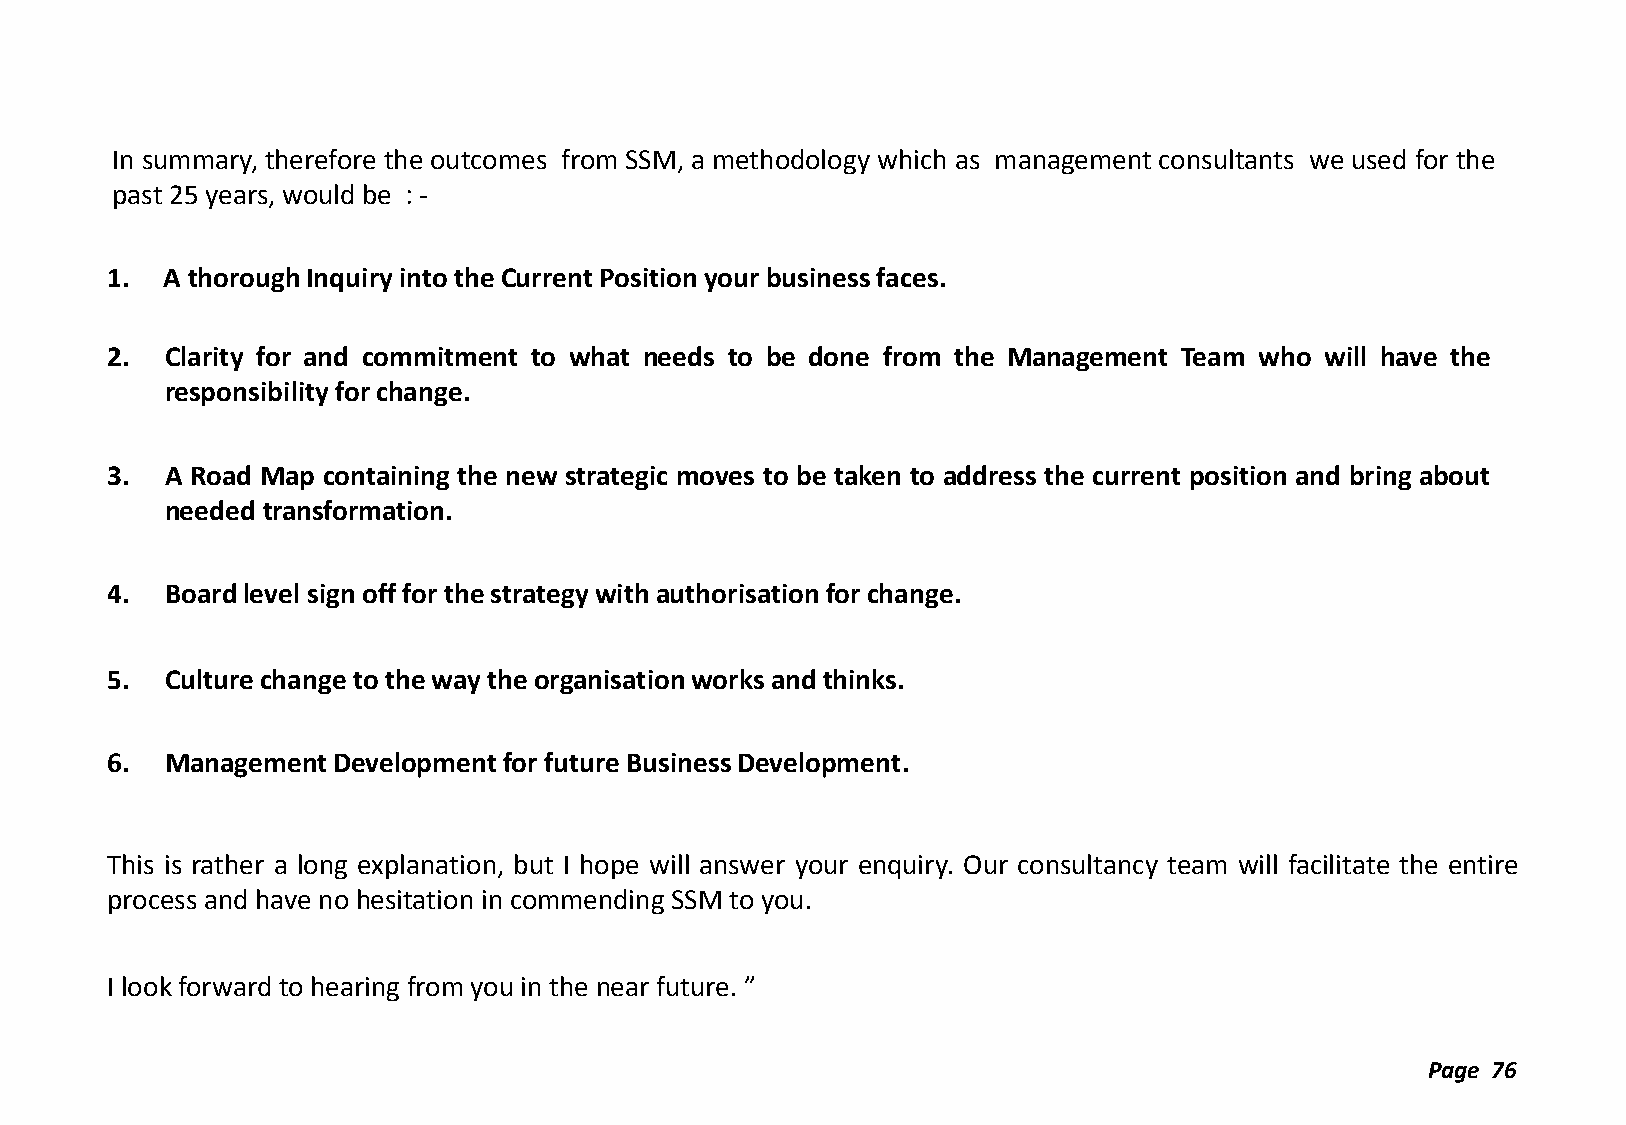
In summary, therefore the outcomes from SSM, a methodology which as management consultants we used for the
 past 25 years, would be : -
 1.  A thorough Inquiry into the Current Position your business faces.
 2.  Clarity for and commitment to what needs to be done from the Management Team who will have the
 responsibility for change.
 3.  A Road Map containing the new strategic moves to be taken to address the current position and bring about
 needed transformation.
 4.  Board level sign off for the strategy with authorisation for change.
 5.  Culture change to the way the organisation works and thinks.
 6.  Management Development for future Business Development.
 This is rather a long explanation, but I hope will answer your enquiry. Our consultancy team will facilitate the entire
 process and have no hesitation in commending SSM to you.
 I look forward to hearing from you in the near future. ”
 Page 76